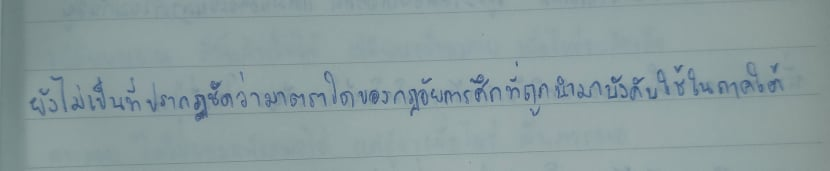
ยังไม่เป็นที่ปรากฏชัดว่ามาตราใดของกฏอัยการศึกที่ถูกนำมาบังคับใช้ในภาคใต้